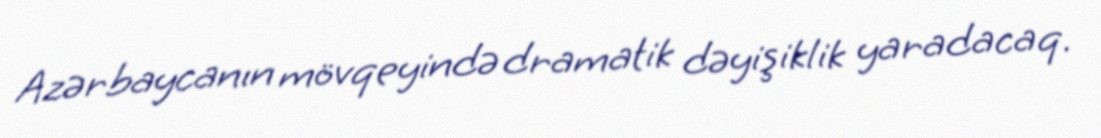
Azərbaycanın mövqeyində dramatik dəyişiklik yaradacaq.